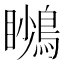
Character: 𪃦